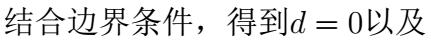
结合边界条件，得到$d = 0$以及